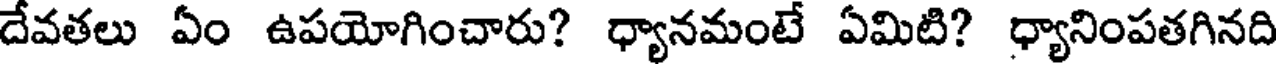
దేవతలు ఏం ఉపయోగించారు? ధ్యానమంటే ఏమిటి? ధ్యానింపతగినది